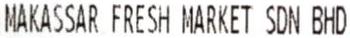
MAKASSAR FRESH MARKET SDN BHD